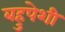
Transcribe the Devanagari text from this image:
बहुपेशी